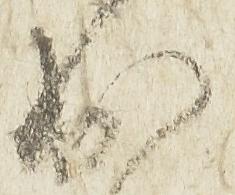
出